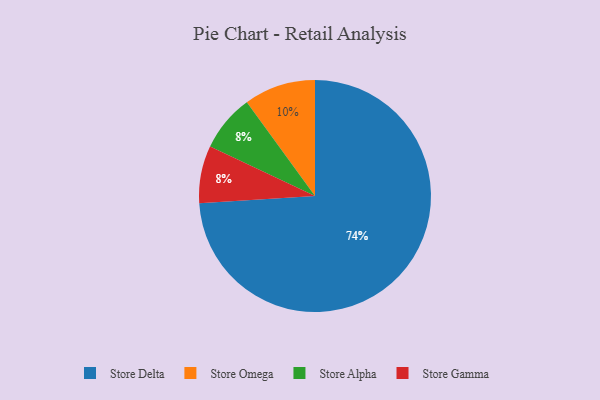
{"axis": {"x": "Category", "y": "Percentage"}, "legend": ["Store Alpha", "Store Delta", "Store Gamma", "Store Omega"], "data": [{"x": "Store Omega", "y": 10, "type": "Store Omega"}, {"x": "Store Delta", "y": 74, "type": "Store Delta"}, {"x": "Store Alpha", "y": 8, "type": "Store Alpha"}, {"x": "Store Gamma", "y": 8, "type": "Store Gamma"}]}